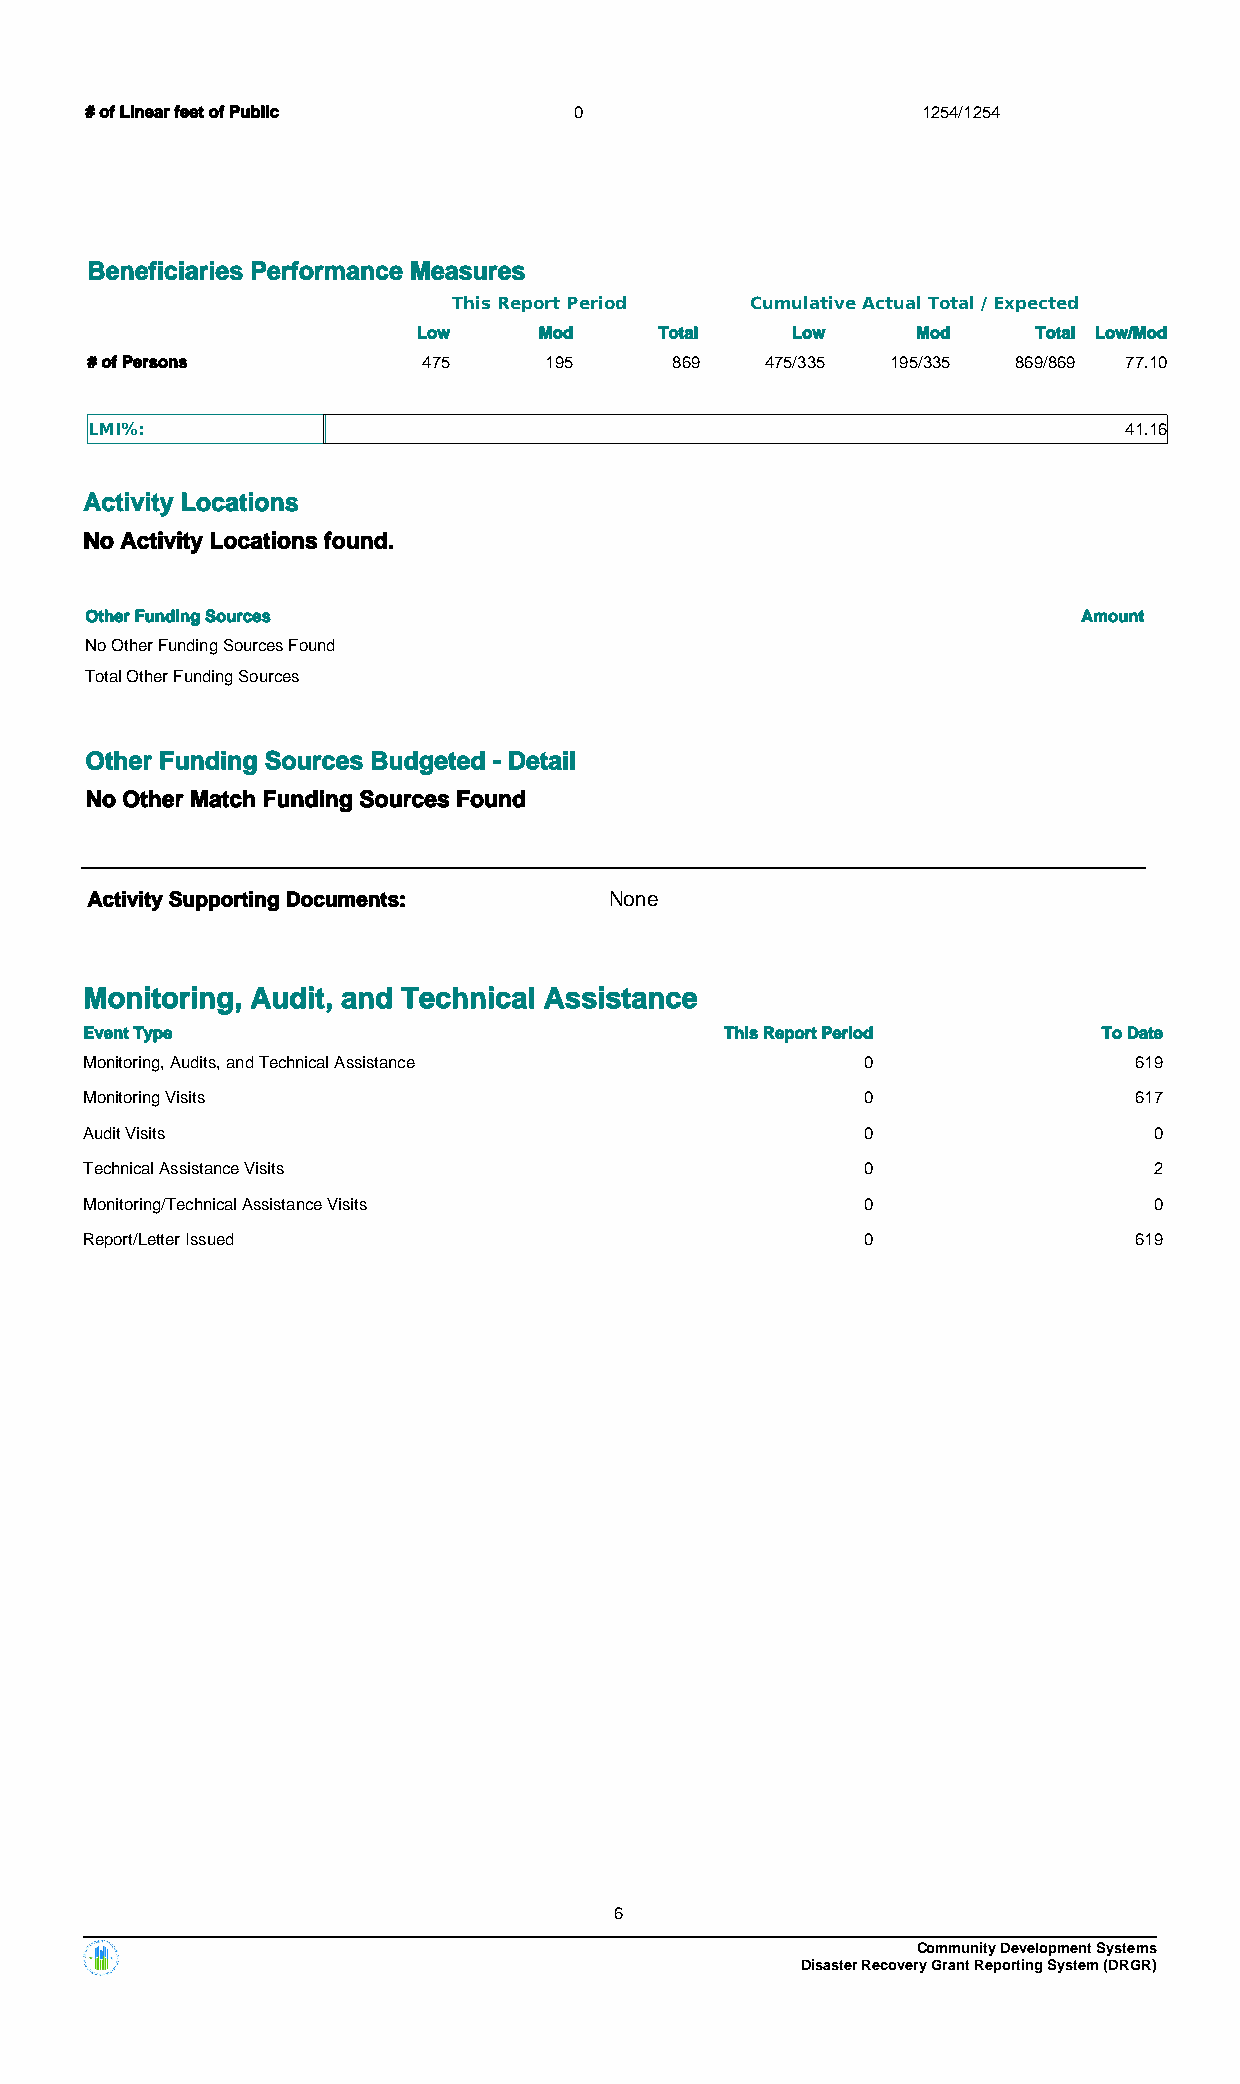
# of Linear feet of Public      0                      1254/1254
 Beneficiaries Performance Measures
 This Report Period  Cumulative Actual Total / Expected
 Low     Mod     Total   Low      Mod     Total Low/Mod
 # of Persons          475     195      869   475/335 195/335 869/869 77.10
 LMI%:                                                               41.16
 Activity Locations
 No Activity Locations found.
 Other Funding Sources                                             Amount
 No Other Funding Sources Found
 Total Other Funding Sources
 Other Funding Sources Budgeted - Detail
 No Other Match Funding Sources Found
 Activity Supporting Documents:    None
 Monitoring, Audit, and Technical Assistance
 Event Type                                This Report Period       To Date
 Monitoring, Audits, and Technical Assistance       0                 619
 Monitoring Visits                                  0                 617
 Audit Visits                                       0                  0
 Technical Assistance Visits                        0                  2
 Monitoring/Technical Assistance Visits             0                  0
 Report/Letter Issued                               0                 619
 6
 Community Development Systems
 Disaster Recovery Grant Reporting System (DRGR)